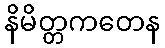
နိမိတ္တကတေန